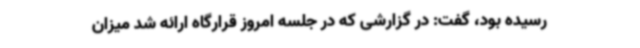
رسیده بود، گفت: در گزارشی که در جلسه امروز قرارگاه ارائه شد میزان